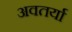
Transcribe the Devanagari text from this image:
अवतर्या